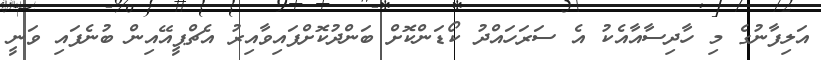
އަލިފާނުގެ މި ހާދިސާއާއެކު އެ ސަރަހައްދު ކޯޑަންކޮށް ބަންދުކޮށްފައިވާއިރު އެޗްޕީއޭއިން ބުނެފައި ވަނީ